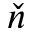
\check { n }